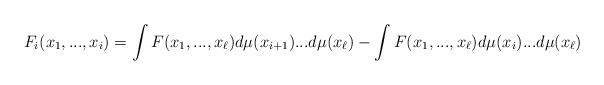
LaTeX: \begin{align*} F_i(x_1,...,x_i)=\int F(x_1,...,x_\ell)d\mu(x_{i+1})...d\mu(x_\ell)- \int F(x_1,...,x_\ell)d\mu(x_i)...d\mu(x_\ell) \end{align*}